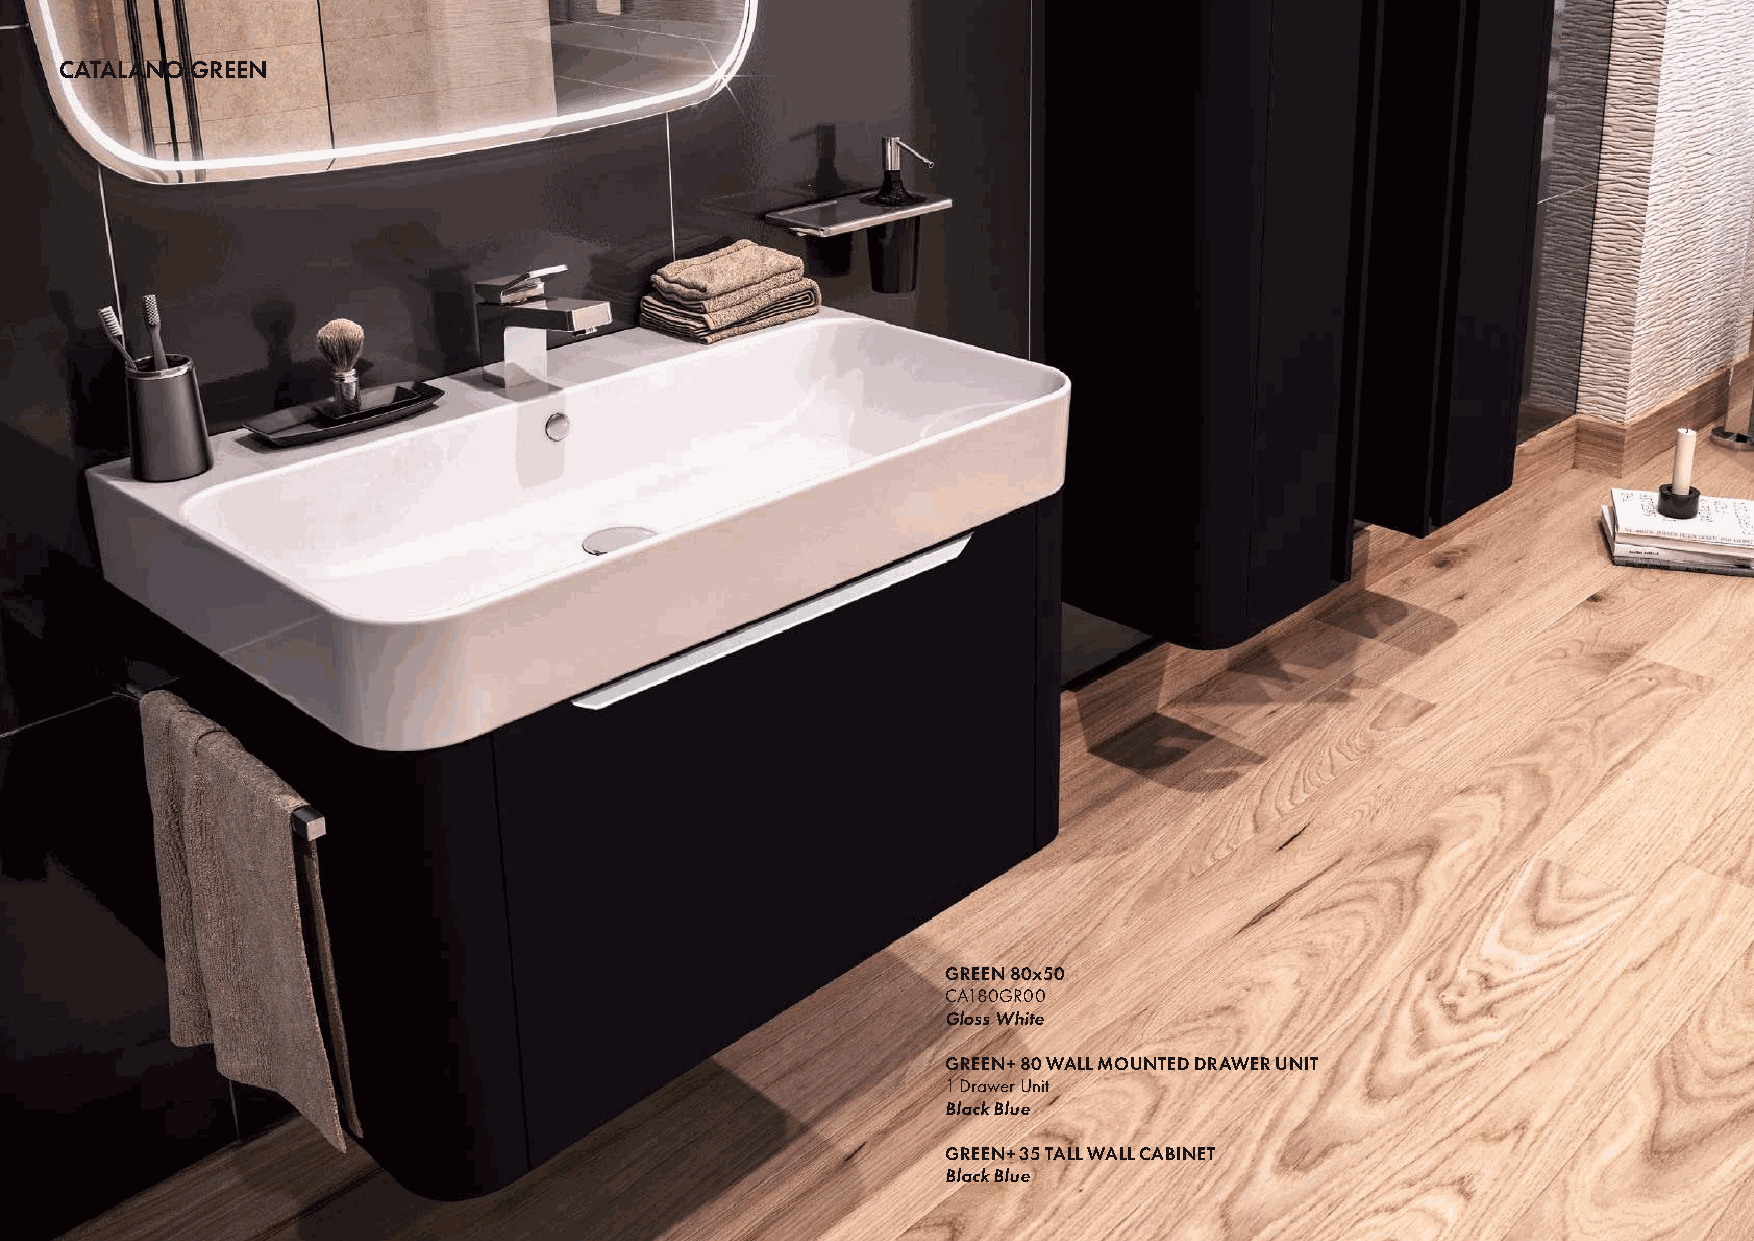
CATALANO GREEN                                                                                198
 GREEN 80x50
 CA180GR00
 Gloss White
 GREEN+ 80 WALL MOUNTED DRAWER UNIT
 1 Drawer Unit
 Black Blue
 GREEN+ 35 TALL WALL CABINET
 Black Blue